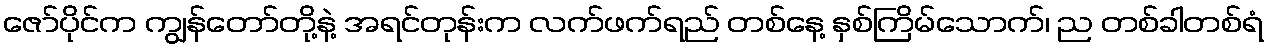
ဇော်ပိုင်က ကျွန်တော်တို့နဲ့ အရင်တုန်းက လက်ဖက်ရည် တစ်နေ့ နှစ်ကြိမ်သောက်၊ ည တစ်ခါတစ်ရံ